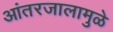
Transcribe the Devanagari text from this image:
आंतरजालामुळे